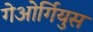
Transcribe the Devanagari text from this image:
गेओर्गियुस